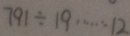
7 9 1 \div 1 9 \cdots 1 2